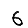
Digit: 6